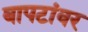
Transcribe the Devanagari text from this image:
बापटांवर